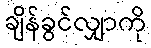
ချိန်ခွင်လျှာကို